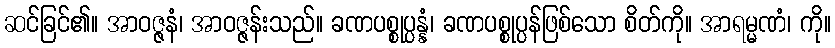
ဆင်ခြင်၏။ အာဝဇ္ဇနံ၊ အာဝဇ္ဇန်းသည်။ ခဏပစ္စုပ္ပန္နံ၊ ခဏပစ္စုပ္ပန်ဖြစ်သော စိတ်ကို။ အာရမ္မဏံ၊ ကို။